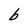
Character: b